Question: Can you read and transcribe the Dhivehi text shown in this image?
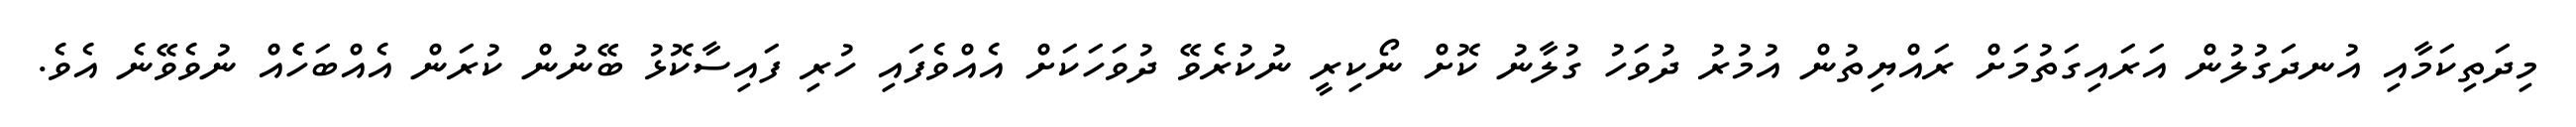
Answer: މިދަތިކަމާއި އުނދަގުލުން އަރައިގަތުމަށް ރައްޔިތުން އުމުރު ދުވަހު ގުލާނު ކޮށް ނޯކިރީ ނުކުރެވޭ ދުވަހަކަށް އެއްވެފައި ހުރި ފައިސާކޮޅު ބޭނުން ކުރަން އެއްބަހެެއް ނުވެވޭނެ އެވެ.